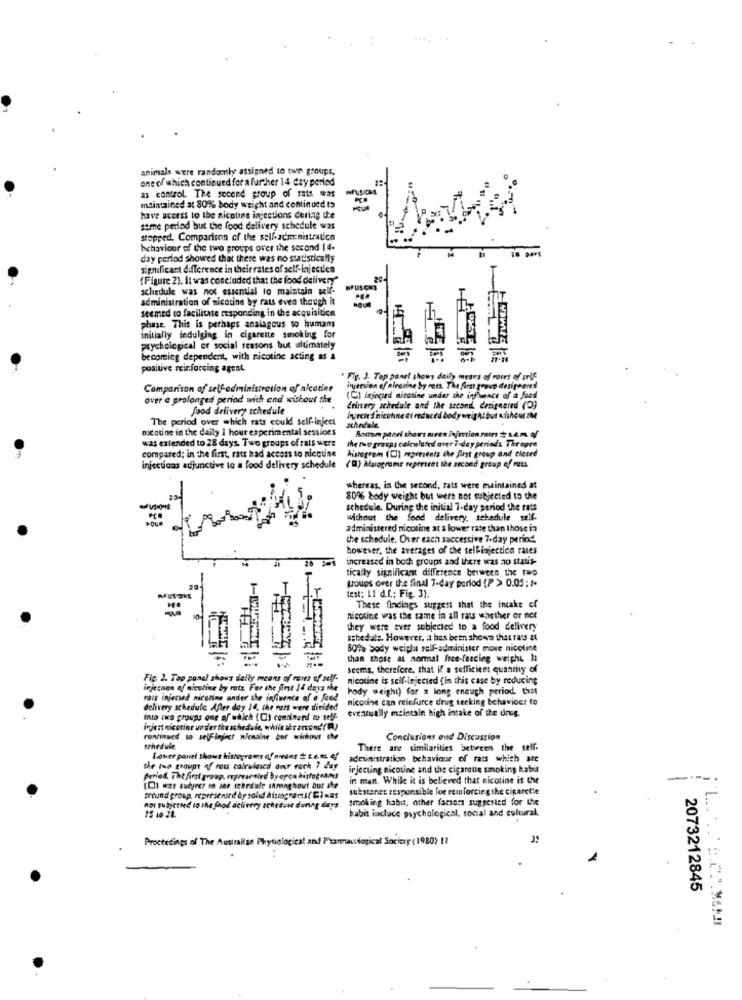
animals were randomly assigned to two groups.
oneof which continued for a further 14 day perled
as control. The second group of rats was
maintained at 80% body weight and continued to
have access to the nicotine injections during ue
same period but the food delivery schedule was
stopped. Comparison of the self-administration
behaviour of the two groups over the second 14.
18 pavs
day period showed that there was no statistically
significant difference in their rates of self- injectien
(Figure 2). it was concluded that the food delivery"
schedule was nos essential to maintain self-
administration of nicotine by rats even though it
seemed to facilitate responding in the acquisition
phase. This is perhaps analogous to humams
initially indulging in cigarette smoking for
psychological of social seasons but ultimately
becoming dependent, with nicotine acting as a
positive reinforcing agent.
"Fig. 3. Top panel shows daily means of vores of arts
Comparison of selfadministration of nicotine
injection of mircrine by ret. The first group desireenes
over a prolonged period with and without the
(G) fxjegird nicotine under the influence of a feed
food delivery schedule
drinvery schedule and the second, designered (D)
The period over which rats could self-inject
Inirci'd nicotine et reduced body weight but withcurdMe
nicotine in the daily 1 hour experimental sessions
schedale
Bottom panel shors areen injection notes $ 1.E.m. Of
was extended to 28 days. Two groups of rats were
heregroupscalculated over7-dayperiods Thropre
compared; in the first, rats had access to nicquine
histogram (C) represents the first group and cleted
Injections adjunctive to a food delivery schedule
(D) Aluogrome represent the second group of rets.
whereas, in the second, tats were maintained at
80% body weight but were not subjected to the
schedule. During the initial 7-day period the rats
without the food delivery, schedule self-
administered nicotine at a lower rate than those in
the schedule. Over each successive 7-day period.
however, the averages of the selfinjection rates
increased in both groups and there was ao statit-
tically significant difference between the two
groups over the final 7-day perlod {P > 0.05;1.
MUSONE
test: 11 d.f .; Fig. 3).
-
These findings suggest that the intake of
nicotine vras the same in all rats whether or not
they were ever subjected to a food delivery
schedule. However, it has been shows that rats at
BOto Sody weight self-administer move nicotine
than those at normal free-feeding weight la
seems, therefore, that if a sufficient quantity of
Fig. 2. Top panel shows daily means of renes of self-
nicotine is self-injected ( in this case by reducing
injethen of nicotine by rats For the first 14 days the
body weight) for a long enough period. that
rais injected nicotine under the influence of @ food
nicotine can reinforce drug tecking behavioet to
delivery schedule After doy 14, the rets were divided
eventually maintain high intake of the drug.
Into ika groups one of which (C) conrinurd to self
ivjest nicotine under the schedule, while ibearvond( )
Conclusions and Discussion
schedule
There are similarities between the self.
Power point shows histograms d'awas ttem of
administration behaviour of rats which are
the two groups of rou cairulaicd ont rock ? dar
injecting nicotine and the cigarette smoking habit
period, Thefirst group, represented byopca histograms
in man. While it is believed that nicotine is the
----.
(C) was subject to see sehrdale shenghout but Ihr
substance responsible for rein forcing the cigarette
srrund group, represented by solid histogramts( Ginas
smoking habit, other factors suggested for the
noI Tubiconed in the food deliercy schedase during days
habit incluce psychological, social and cultural.
Proceedings of The Australian Physiological and Pharmacological Society (1980) 11
2073212845